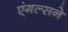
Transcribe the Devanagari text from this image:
एंगल्सने